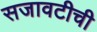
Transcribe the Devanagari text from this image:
सजावटीची